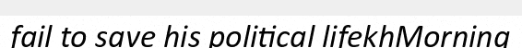
fail to save his political lifekhMorning